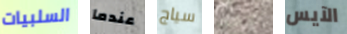
السلبيات عندما سياج تلاشت الآيس